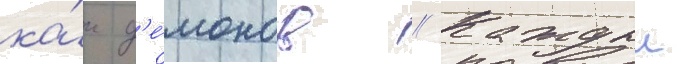
ка́к д'е́монов // Каждыи